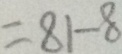
= 8 1 - 8